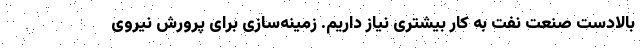
بالادست صنعت نفت به کار بیشتری نیاز داریم. زمینه‌سازی برای پرورش نیروی